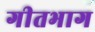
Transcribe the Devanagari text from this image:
गीतभाग